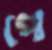
পে